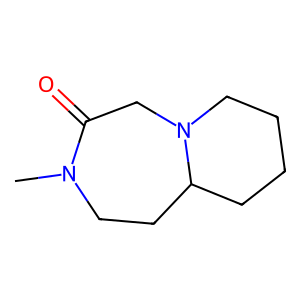
SMILES: CN1CCC2CCCCN2CC1=O
Inhibits HIV replication: No